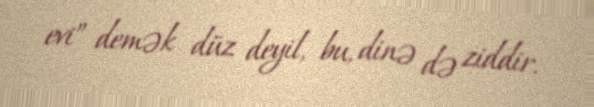
evi” demək düz deyil, bu, dinə də ziddir.